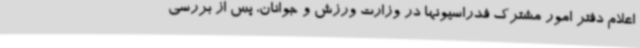
اعلام دفتر امور مشترک فدراسیونها در وزارت ورزش و جوانان، پس از بررسی